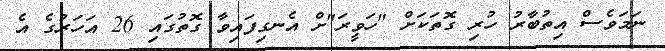
ނަމަވެސް އިތުބާރު ހުރި ގޮތަކަށް "ހަވީރަ"ށް އެނގިފައިވާ ގޮތުގައި 26 އަހަރުގެ އެ